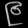
Digit: ၉